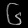
Digit: ၆